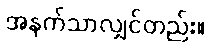
အနက်သာလျှင်တည်း။